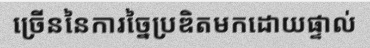
ច្រើននៃការច្នៃប្រឌិតមកដោយផ្ទាល់